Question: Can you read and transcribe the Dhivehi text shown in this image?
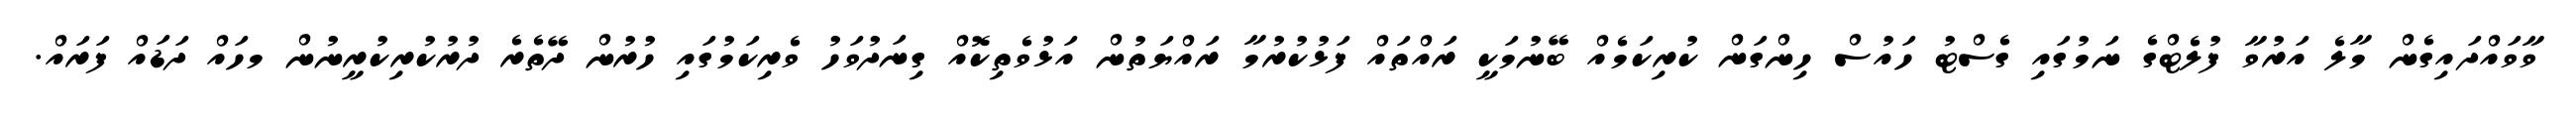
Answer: ވާވައްދައިގެން މާލެ އަރުވާ ފުލެޓްގެ ނަމުގައި ގެސްޓު ހައުސް ހިންގަން ކުރިކަމެއް ބޭނުމަކީ ރައްތައް ފަޅުކުރުމާ ރައްޔަތުން އަޅުވެތިކޮއް ގިނަދުވަހު ވެރިކަމުގައި ހުރުން ދޭތެރެ ދުރުކުރިކުރީނުން މހައް ދަޑައް ފަރައް.